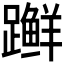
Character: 𫏨